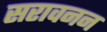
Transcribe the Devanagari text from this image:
सरावनन